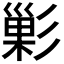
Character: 𭛘